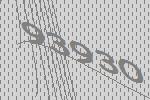
93930